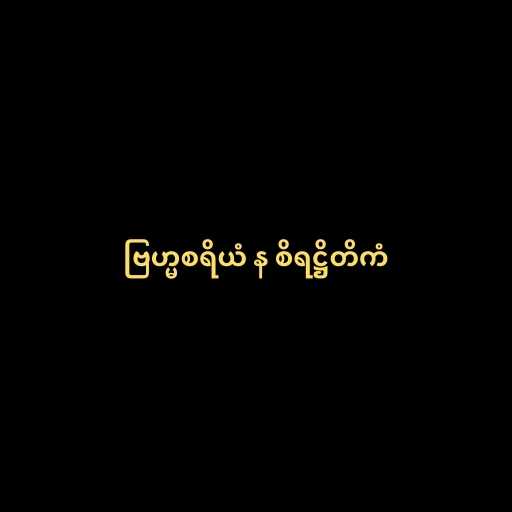
ဗြဟ္မစရိယံ န စိရဋ္ဌိတိကံ